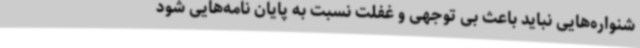
شنواره‌هایی نباید باعث بی توجهی و غفلت نسبت به پایان نامه‌هایی شود